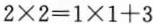
$$2\times 2=1\times 1+3$$